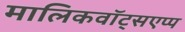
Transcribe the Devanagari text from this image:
मालिकवॉट्सएप्प